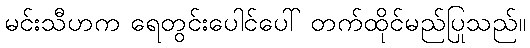
မင်းသီဟက ရေတွင်းပေါင်ပေါ် တက်ထိုင်မည်ပြုသည်။